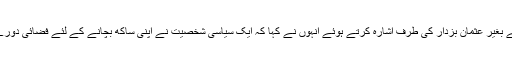
اور ساتھ ہی نام لئے بغیر عثمان بزدار کی طرف اشارہ کرتے ہوئے انہوں نے کہا کہ ایک سیاسی شخصیت نے اپنی ساکھ بچانے کے لئے فضائی دورے کی خبر لگوالی ۔